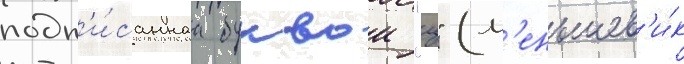
подп'и́саннаа буквои "ц" (м'еньшев'и́к